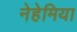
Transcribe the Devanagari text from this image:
नेहेमिया